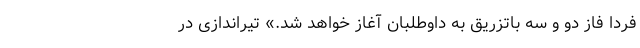
فردا فاز دو و سه باتزریق به داوطلبان آغاز خواهد شد.» تیراندازی در